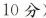
10分